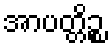
အာပတ္တိဉ္စ